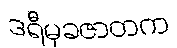
ဒရီမုခဇာတက